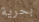
بحرية